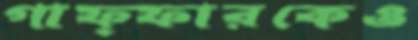
গাফ্ফারকেও